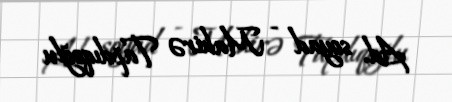
Ad, soyad - Mahirə Tapdıqoğlu